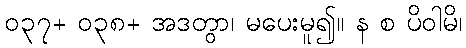
၀၃၇+ ၀၃၈+ အဒတွာ၊ မပေးမူ၍။ န စ ပိဝါမိ၊